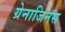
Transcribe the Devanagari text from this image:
ग्रेनाजिनस